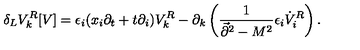
\delta _ { L } V _ { k } ^ { R } [ V ] = \epsilon _ { i } ( x _ { i } \partial _ { t } + t \partial _ { i } ) V _ { k } ^ { R } - \partial _ { k } \left( { \frac { 1 } { \vec { \partial } ^ { 2 } - M ^ { 2 } } } \epsilon _ { i } \dot { V } _ { i } ^ { R } \right) .